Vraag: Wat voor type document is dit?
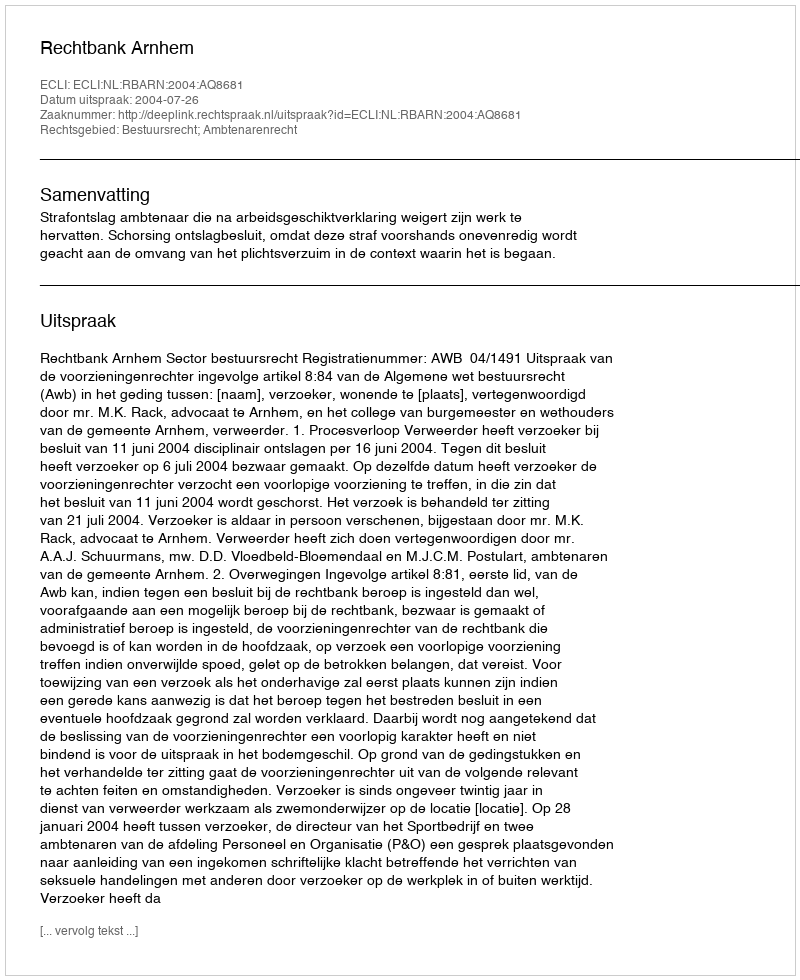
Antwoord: Uitspraak